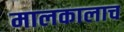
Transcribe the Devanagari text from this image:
मालकालाच